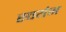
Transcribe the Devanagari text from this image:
स्वयंभ